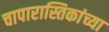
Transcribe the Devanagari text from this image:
चापारास्तिकांच्या